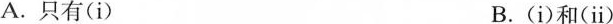
A.只有(i) B.(i)和(ⅱ)